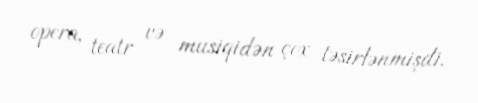
opera, teatr və musiqidən çox təsirlənmişdi.